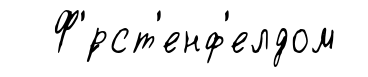
Ф'́рст'енф'елдом